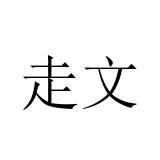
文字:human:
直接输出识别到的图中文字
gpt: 走文